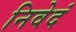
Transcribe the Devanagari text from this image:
निवेदं